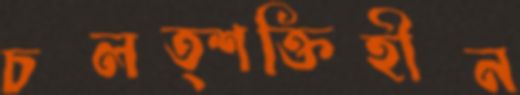
চলত্শক্তিহীন